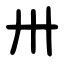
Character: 卅